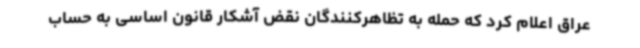
عراق اعلام کرد که حمله به تظاهرکنندگان نقض آشکار قانون اساسی به حساب